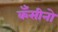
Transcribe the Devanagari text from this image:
कँसीनो